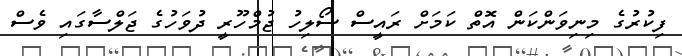
ފިކުރުގެ މިނިވަންކަން އޮތް ކަމަށް ރައީސް ސޯލިހު ޖުމްހޫރީ ދުވަހުގެ ޖަލްސާގައި ވެސް